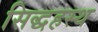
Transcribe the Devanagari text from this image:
सिद्धहस्थ